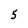
Character: 5